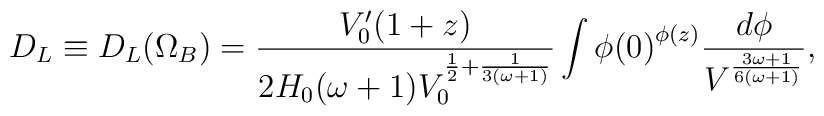
D_L\equiv D_L(\Omega_B)= \frac{V_0 '(1+z)}{2H_0(\omega+1)V_0^{\frac{1}{2}+\frac{1}{3(\omega+1)}}}\int{\phi(0)}^{\phi(z)}\frac{d\phi}{V^{\frac{3\omega+1}{6(\omega+1)}}},